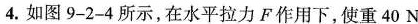
4.如图9-2-4所示，在水平拉力F作用下，使重40N